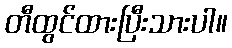
တီထွင်ထားပြီးသားပါ။